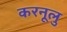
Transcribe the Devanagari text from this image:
करनूलु